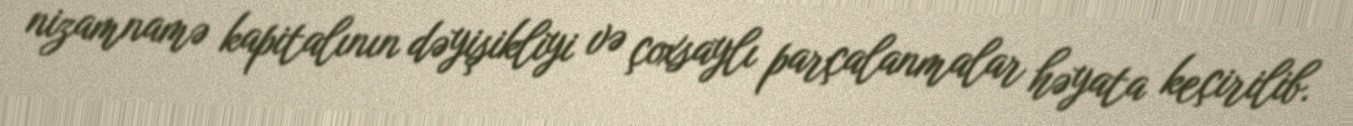
nizamnamə kapitalının dəyişikliyi və çoxsaylı parçalanmalar həyata keçirilib.